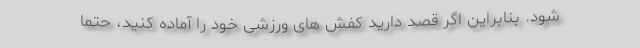
شود. بنابراین اگر قصد دارید کفش‌ های ورزشی خود را آماده کنید، حتما